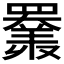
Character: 𦌩